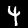
Label: 4